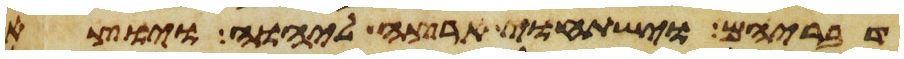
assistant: דבריהם וישתחוי ארצה ליהוה ויוצא